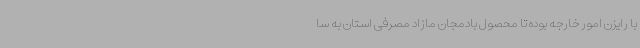
با رایزن امور خارجه بوده تا محصول بادمجان مازاد مصرفی استان به سا